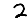
Digit: 2